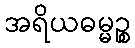
အရိယဓမ္မဉ္စ